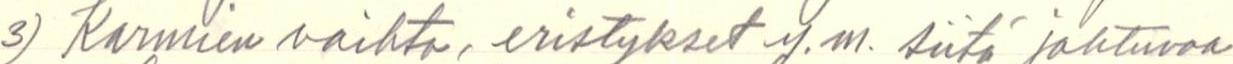
3) Karmien vaihto, eristykset y.m. siitä johtuvaa